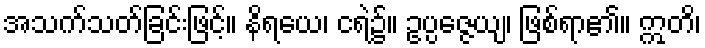
အသက်သတ်ခြင်းဖြင့်။ နိရယေ၊ ငရဲ၌။ ဥပ္ပဇ္ဇေယျ၊ ဖြစ်ရာ၏။ ဣတိ၊